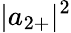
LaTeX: |a_{2+}|^{2}